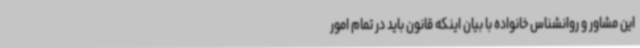
این مشاور و روانشناس خانواده با بیان اینکه قانون باید در تمام امور